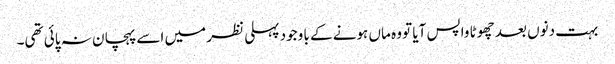
بہت دنوں بعد چھوٹا واپس آیا تو وہ ماں ہونے کے با وجود پہلی نظر میں اسے پہچان نہ پائی تھی۔